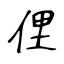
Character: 俚